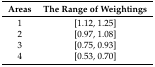
<table><thead><tr><td><b>Areas</b></td><td><b>The Range of Weightings</b></td></tr></thead><tbody><tr><td>1</td><td>[1.12, 1.25]</td></tr><tr><td>2</td><td>[0.97, 1.08]</td></tr><tr><td>3</td><td>[0.75, 0.93]</td></tr><tr><td>4</td><td>[0.53, 0.70]</td></tr></tbody></table>